Report on vaccination in Madras 1877-1894 - 1877-1894
Year: 1877
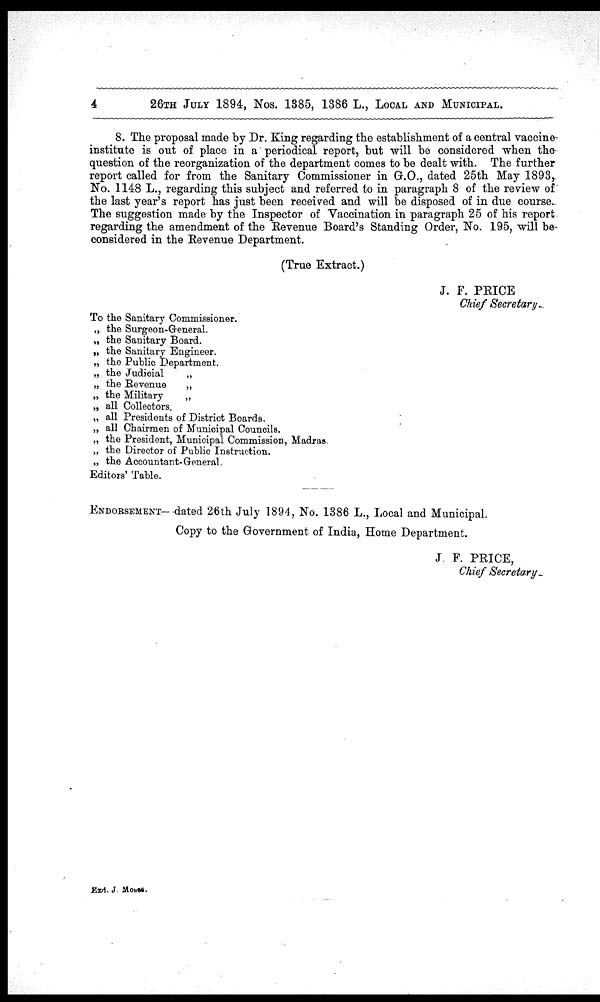
4
26TH JULY 1894, Nos. 1385, 1386 L., LOCAL AND MUNICIPAL.
8. The proposal made by Dr. King regarding the establishment of a central vaccine
institute is out of place in a periodical report, but will be considered when the
question of the reorganization of the department comes to be dealt with. The further
report called for from the Sanitary Commissioner in G.O., dated 25th May 1893,
No. 1148 L., regarding this subject and referred to in paragraph 8 of the review of'
the last year's report has just been received and will be disposed of in due course.
The suggestion made by the Inspector of Vaccination in paragraph 25 of his report
regarding the amendment of the Revenue Board's Standing Order, No. 195, will be
considered in the Revenue Department.
(True Extract.)
J. F. PRICE
Chief Secretary.
To the Sanitary Commissioner.
„ the Surgeon-General.
„ the Sanitary Board.
„ the Sanitary Engineer.
„ the Public Department.
„ the Judicial
„
„ the Revenue
„
„ the Military
„
„ all Collectors.
„ all Presidents of District Boards.
„ all Chairmen of Municipal Councils.
„ the President, Municipal Commission, Madras.
„ the Director of Public Instruction.
„ the Accountant-General.
Editors' Table.
ENDORSEMENT-dated 26th July 1894, No. 1386 L., Local and Municipal.
Copy to the Government of India, Home Department.
J. F. PRICE,
Chief Secretary-
Exd. J. Moses.